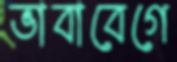
ভাবাবেগে